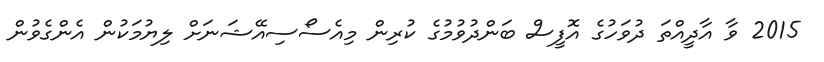
2015 ވާ އާދީއްތަ ދުވަހުގެ އޮފީސް ބަންދުވުމުގެ ކުރިން މިއެސޯސިއޭޝަނަށް ލިޔުމަކުން އެންގެވުން